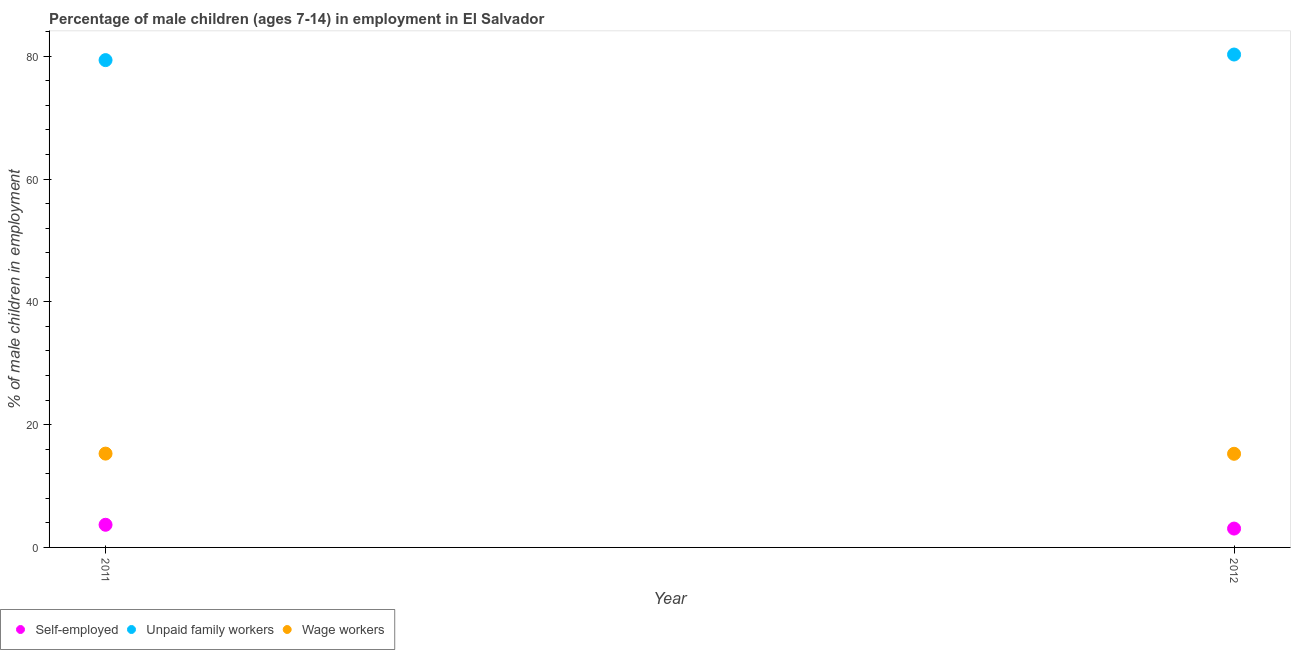
| Year | Self-employed | Unpaid family workers | Wage workers |
 | --- | --- | --- | --- |
 | 2011 | 3.69 | 79.4 | 15.3 |
 | 2012 | 3.07 | 80.3 | 15.2 |